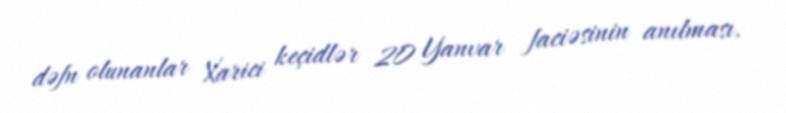
dəfn olunanlar Xarici keçidlər 20 Yanvar faciəsinin anılması.